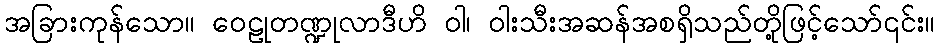
အခြားကုန်သော။ ဝေဠုတဏ္ဍုလာဒီဟိ ဝါ၊ ဝါးသီးအဆန်အစရှိသည်တို့ဖြင့်သော်၎င်း။